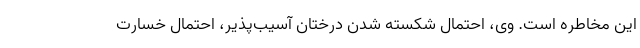
این مخاطره است. وی، احتمال شکسته شدن درختان آسیب‌پذیر، احتمال خسارت